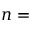
n =